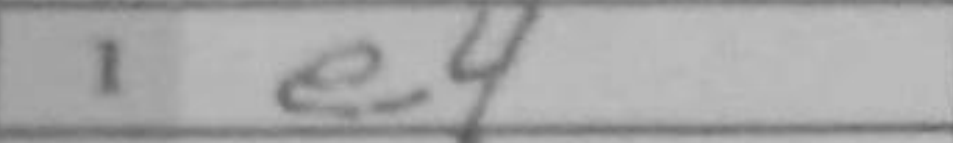
Transcription: e4